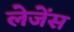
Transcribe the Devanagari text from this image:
लेजेंस